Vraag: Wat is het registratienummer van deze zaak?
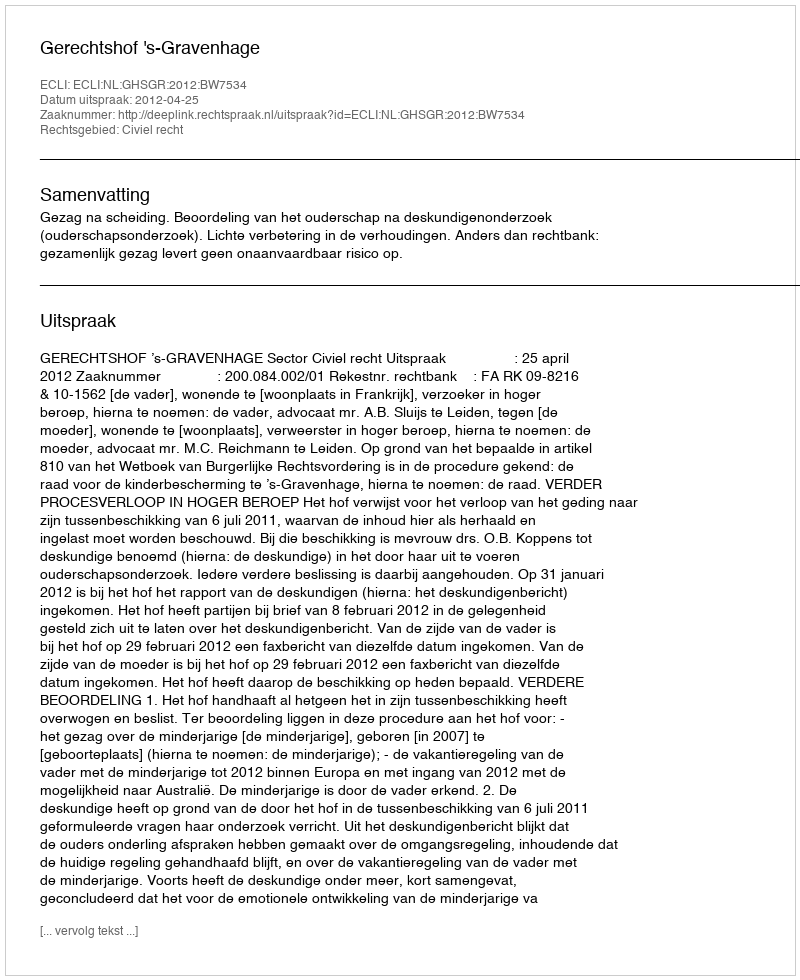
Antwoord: http://deeplink.rechtspraak.nl/uitspraak?id=ECLI:NL:GHSGR:2012:BW7534